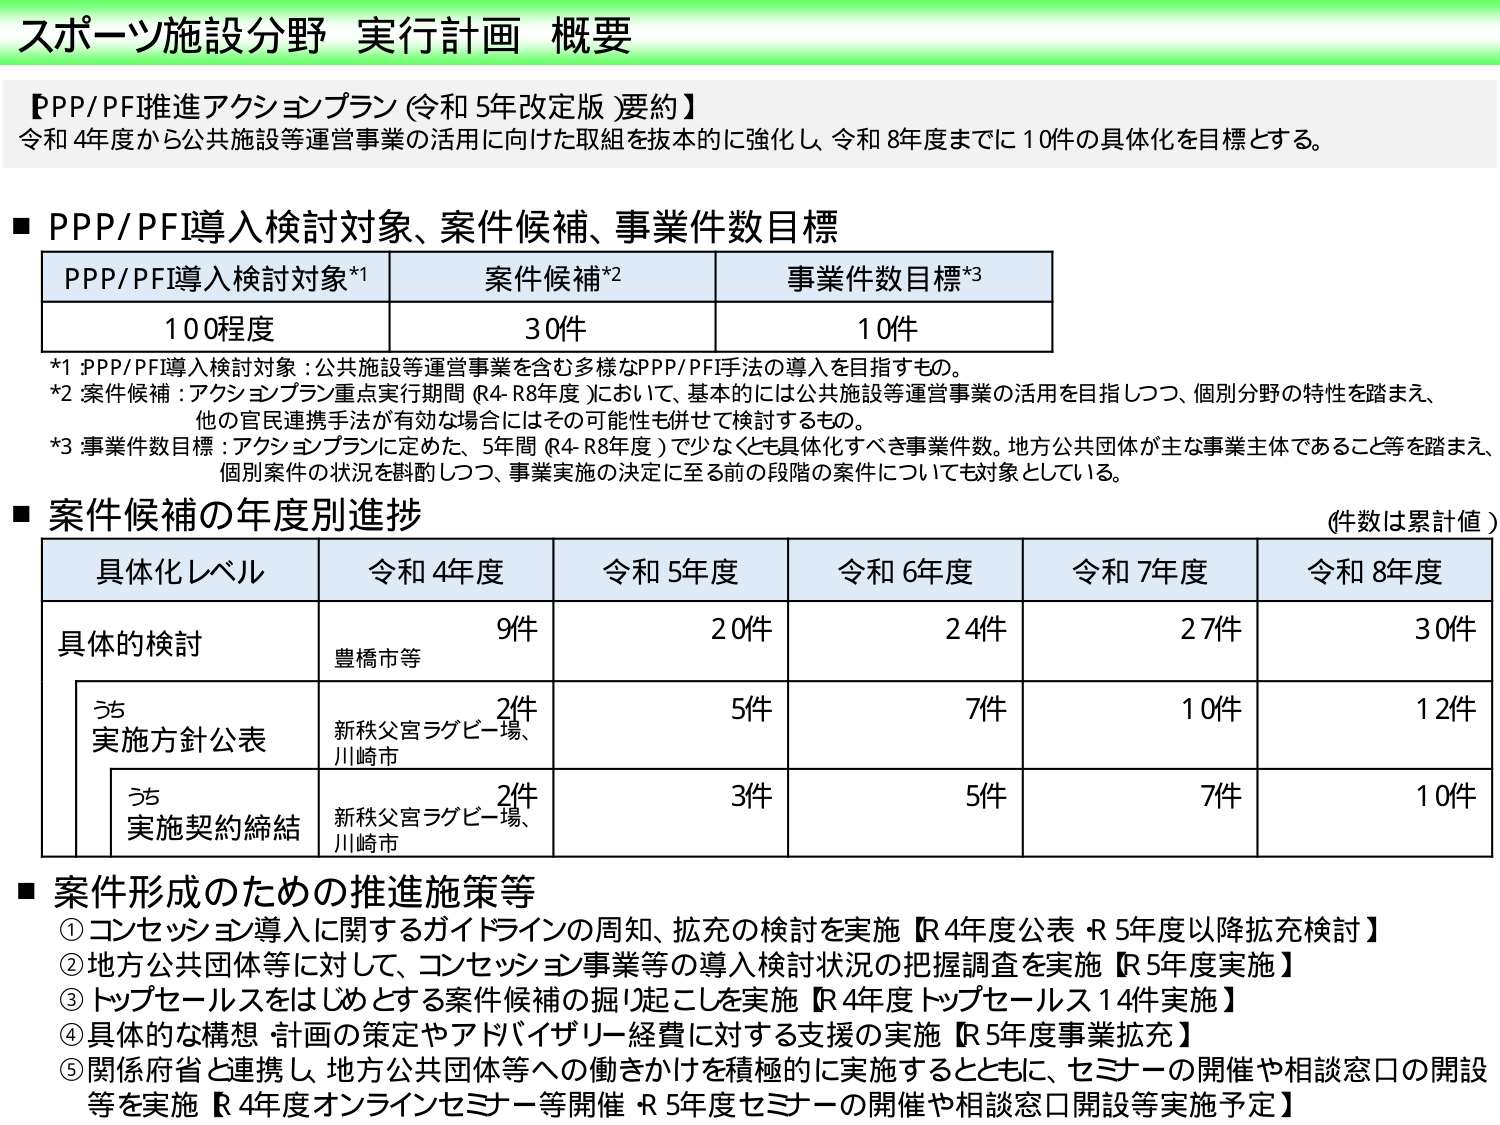
スポーツ施設分野 実行計画 概要

【PPP/PFI推進アクションプラン（令和5年改定版）要約】
令和4年度から公共施設等運営事業の活用に向けた取組を抜本的に強化し、令和8年度までに10件の具体化を目標とする。

■ PPP/PFI導入検討対象、案件候補、事業件数目標

| PPP/PFI導入検討対象*1 | 案件候補*2 | 事業件数目標*3 |
|------------------------|------------|----------------|
| 100程度                | 30件       | 10件           |

*1 PPP/PFI導入検討対象：公共施設等運営事業を含む多様なPPP/PFI手法の導入を目指すもの。
*2 案件候補：アクションプラン重点実行期間（R4-R8年度）において、基本的には公共施設等運営事業の活用を目指しつつ、個別分野の特性を踏まえ、他の官民連携手法が有効な場合にはその可能性も併せて検討するもの。
*3 事業件数目標：アクションプランに定めた、5年間（R4-R8年度）で少なくとも具体化すべき事業件数。地方公共団体が主な事業主体であること等を踏まえ、個別案件の状況を斟酌しつつ、事業実施の決定に至る前の段階の案件についても対象としている。

■ 案件候補の年度別進捗 （件数は累計値）

| 具体化レベル       | 令和4年度 | 令和5年度 | 令和6年度 | 令和7年度 | 令和8年度 |
|--------------------|-----------|-----------|-----------|-----------|-----------|
| 具体的検討         | 9件       | 20件      | 24件      | 27件      | 30件      |
| うち実施方針公表   |           |           |           |           |           |
|                    | 2件       | 5件       | 7件       | 10件      | 12件      |
| うち実施契約締結   |           |           |           |           |           |
|                    | 2件       | 3件       | 5件       | 7件       | 10件      |

※ 具体的検討欄の「豊橋市等」、実施方針公表および実施契約締結欄の「新秩父宮ラグビー場、川崎市」は、それぞれ該当年度の例示。

■ 案件形成のための推進施策等
① コンセッション導入に関するガイドラインの周知、拡充の検討を実施【R4年度公表 R5年度以降拡充検討】
② 地方公共団体等に対して、コンセッション事業等の導入検討状況の把握調査を実施【R5年度実施】
③ トップセールスをはじめとする案件候補の掘り起こしを実施【R4年度 トップセールス14件実施】
④ 具体的な構想・計画の策定やアドバイザリー経費に対する支援の実施【R5年度事業拡充】
⑤ 関係府省と連携し、地方公共団体等への働きかけを積極的に実施するとともに、セミナーの開催や相談窓口の開設等を実施【R4年度オンラインセミナー等開催 R5年度セミナーの開催や相談窓口開設等実施予定】